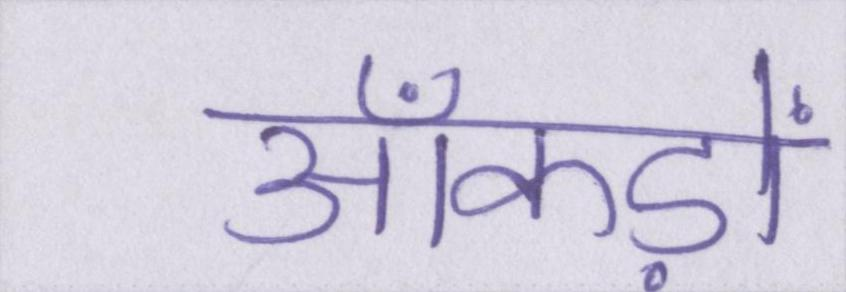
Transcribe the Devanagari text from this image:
आँकड़ों